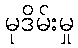
မုဒိမ်းမှု